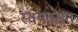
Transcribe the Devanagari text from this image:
स्वयवरात